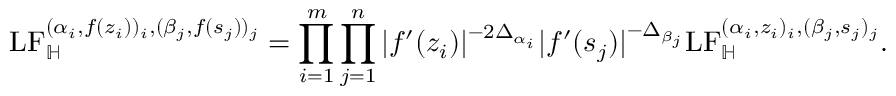
\mathrm { L F } _ { \mathbb H } ^ { ( \alpha _ { i } , f ( z _ { i } ) ) _ { i } , ( \beta _ { j } , f ( s _ { j } ) ) _ { j } } = \prod _ { i = 1 } ^ { m } \prod _ { j = 1 } ^ { n } | f ^ { \prime } ( z _ { i } ) | ^ { - 2 \Delta _ { \alpha _ { i } } } | f ^ { \prime } ( s _ { j } ) | ^ { - \Delta _ { \beta _ { j } } } \mathrm { L F } _ { \mathbb H } ^ { ( \alpha _ { i } , z _ { i } ) _ { i } , ( \beta _ { j } , s _ { j } ) _ { j } } .